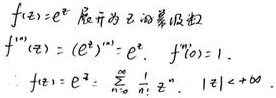
\[
\begin{align*}
&f(z)=e^{z}\text{ 展开为 }z\text{ 的幂级数}\\
&f^{(n)}(z)=(e^{z})^{(n)} = e^{z},\ f^{(0)}(z)=1.\\
&f(z)=e^{z}=\sum_{n = 0}^{\infty}\frac{1}{n!}z^{n},\ |z|\lt+\infty
\end{align*}
\]